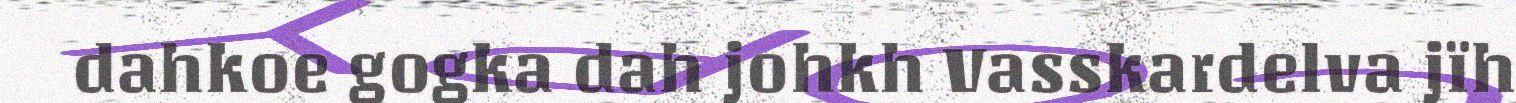
dahkoe gogka dah johkh Vasskardelva jïh